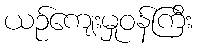
ယဉ်ကျေးမှုဝန်ကြီး